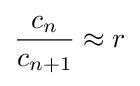
{\frac {c_{n}}{c_{n+1}}}\approx r